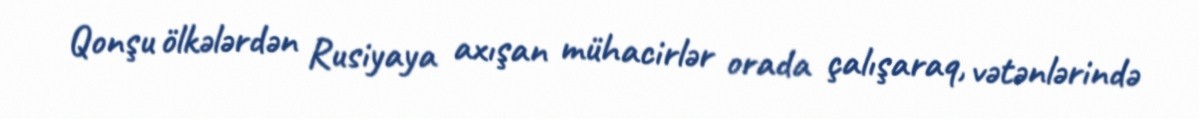
Qonşu ölkələrdən Rusiyaya axışan mühacirlər orada çalışaraq, vətənlərində